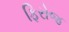
ફિરોજ